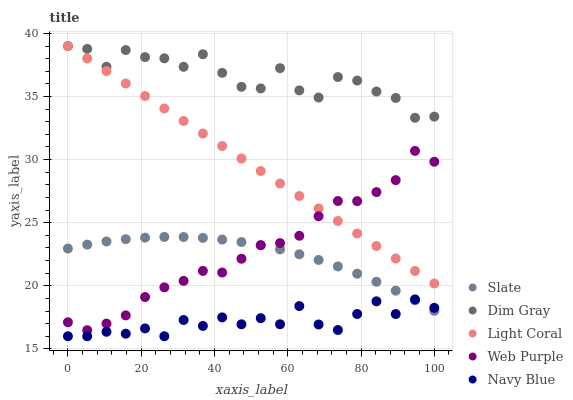
| xaxis_label | Slate | Dim Gray | Light Coral | Web Purple | Navy Blue |
 | --- | --- | --- | --- | --- | --- |
 | 0 | 23 | 39 | 39 | 17.1 | 16 |
 | 5.26 | 23.3 | 38.8 | 38 | 16.5 | 16 |
 | 10.5 | 23.5 | 37.4 | 37 | 17 | 16.4 |
 | 15.8 | 23.7 | 38.7 | 36 | 17.7 | 16.2 |
 | 21.1 | 23.8 | 38.1 | 35 | 19.1 | 16.6 |
 | 26.3 | 23.9 | 38 | 34 | 19.9 | 16 |
 | 31.6 | 23.9 | 37.4 | 33.1 | 20.4 | 17.3 |
 | 36.8 | 23.8 | 38.3 | 32.1 | 21.2 | 16.8 |
 | 42.1 | 23.7 | 36.9 | 31.1 | 21 | 17.5 |
 | 47.4 | 23.5 | 35.8 | 30.1 | 22.1 | 16.9 |
 | 52.6 | 23.2 | 35.6 | 29.1 | 23.2 | 17.4 |
 | 57.9 | 22.9 | 37.2 | 28.1 | 23.4 | 17 |
 | 63.2 | 22.5 | 35.5 | 27.1 | 24 | 18.4 |
 | 68.4 | 22 | 34.9 | 26.1 | 25.5 | 16.9 |
 | 73.7 | 21.5 | 36.5 | 25.1 | 26.7 | 16.5 |
 | 78.9 | 21 | 36.3 | 24.1 | 26.7 | 17.8 |
 | 84.2 | 20.3 | 35.4 | 23.2 | 27.4 | 18.8 |
 | 89.5 | 19.6 | 34.9 | 22.2 | 28.4 | 17.8 |
 | 94.7 | 18.8 | 33.3 | 21.2 | 30.7 | 18.9 |
 | 100 | 18 | 33.4 | 20.2 | 29.8 | 18.3 |